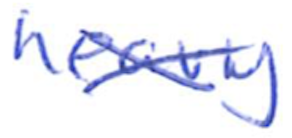
Text: heavy
Cross-out: cross
Writing tool: ballpoint